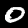
Digit: 0